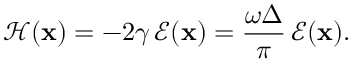
\mathscr { H } ( \mathbf { x } ) = - 2 \gamma \, \mathscr { E } ( \mathbf { x } ) = \frac { \omega \Delta } { \pi } \, \mathscr { E } ( \mathbf { x } ) .